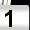
Digit: 1